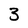
Character: 3